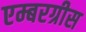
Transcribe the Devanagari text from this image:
एम्बरग्रीस